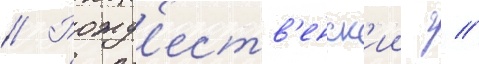
// Рожд'еств'енск'ии г //